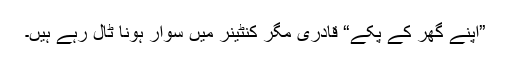
”اپنے گھر کے پکے“ قادری مگر کنٹینر میں سوار ہونا ٹال رہے ہیں۔